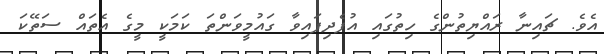
އެވެ. ޗައިނާ ރައްޔިތުންގެ ހިތުގައި އުފެދިފައިވާ ގައުމީވަންތަ ކަމަކީ މީގެ އެތައް ސަތޭކަ